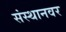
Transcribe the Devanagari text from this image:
संस्थानवर